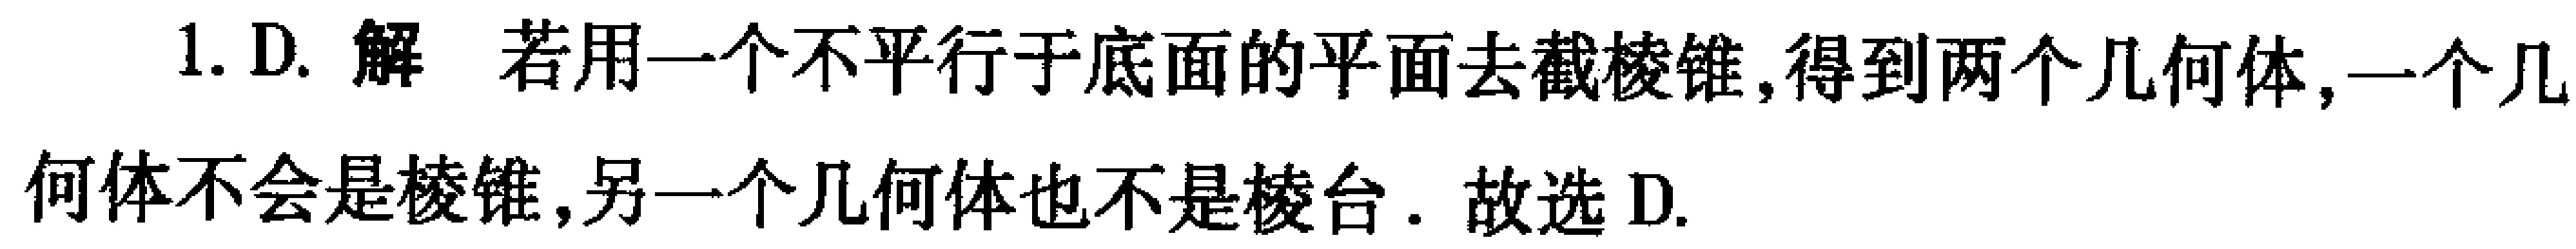
1. D. 解 若用一个不平行于底面的平面去截棱锥,得到两个几何体,一个几何体不会是棱锥,另一个几何体也不是棱台. 故选 D.